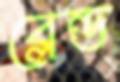
ব্লেন্ড